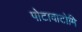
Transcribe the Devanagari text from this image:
पोटावाटोमि